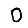
Digit: 0